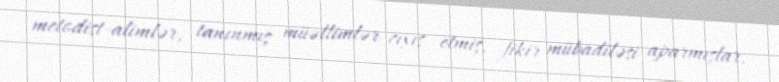
metodist-alimlər, tanınmış müəllimlər cıxış etmiş, fikir mübadiləsi aparmışlar.